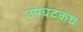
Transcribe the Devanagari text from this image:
उपघटकच